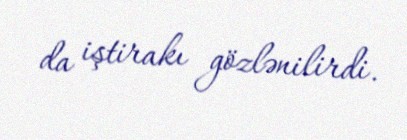
da iştirakı gözlənilirdi.